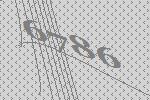
6786